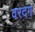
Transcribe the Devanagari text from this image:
वरदग